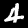
Label: 4